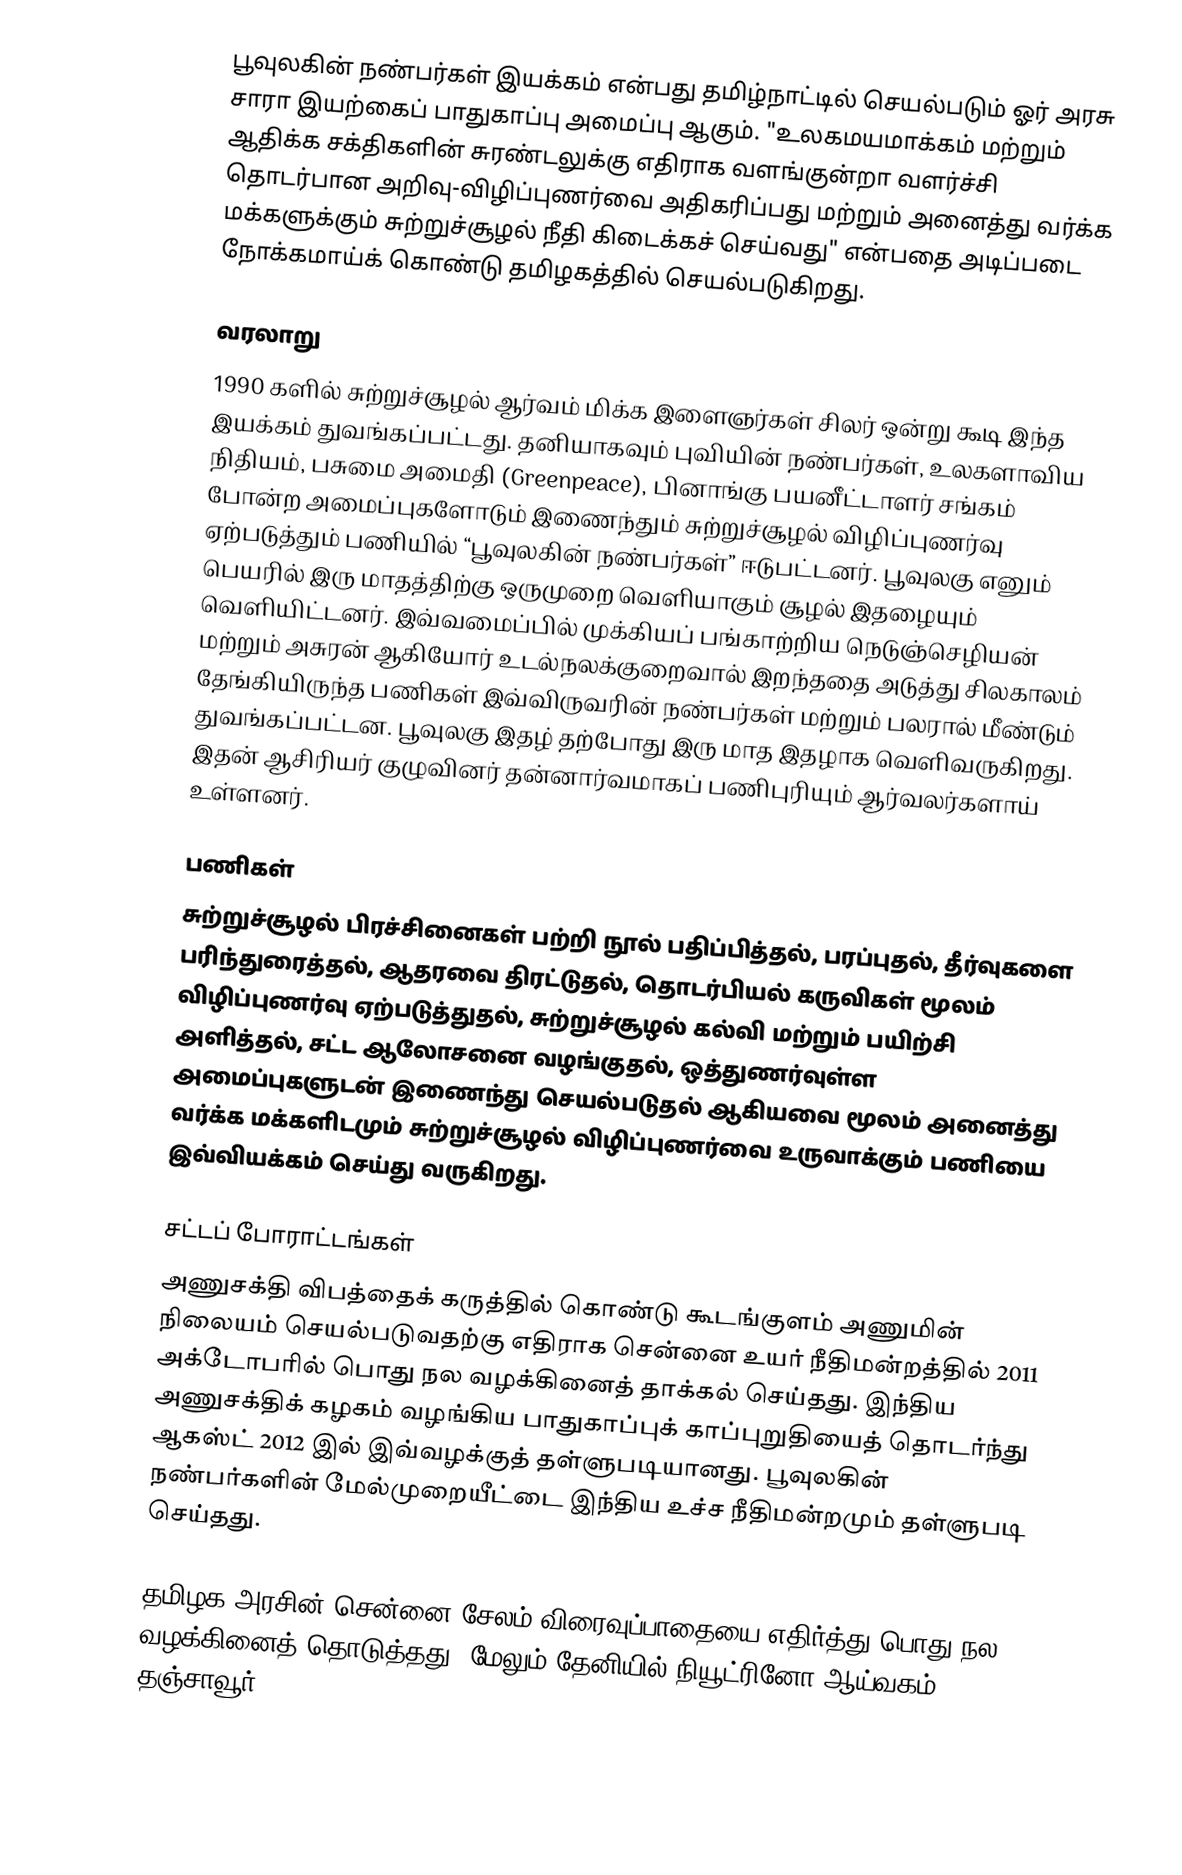
பூவுலகின் நண்பர்கள் இயக்கம் என்பது தமிழ்நாட்டில் செயல்படும் ஓர் அரசு சாரா இயற்கைப் பாதுகாப்பு அமைப்பு ஆகும். "உலகமயமாக்கம் மற்றும் ஆதிக்க சக்திகளின் சுரண்டலுக்கு எதிராக வளங்குன்றா வளர்ச்சி தொடர்பான அறிவு-விழிப்புணர்வை அதிகரிப்பது மற்றும் அனைத்து வர்க்க மக்களுக்கும் சுற்றுச்சூழல் நீதி கிடைக்கச் செய்வது" என்பதை அடிப்படை நோக்கமாய்க் கொண்டு தமிழகத்தில் செயல்படுகிறது.

வரலாறு
1990 களில் சுற்றுச்சூழல் ஆர்வம் மிக்க இளைஞர்கள் சிலர் ஒன்று கூடி இந்த இயக்கம் துவங்கப்பட்டது. தனியாகவும் புவியின் நண்பர்கள், உலகளாவிய நிதியம், பசுமை அமைதி (Greenpeace), பினாங்கு பயனீட்டாளர் சங்கம் போன்ற அமைப்புகளோடும் இணைந்தும் சுற்றுச்சூழல் விழிப்புணர்வு ஏற்படுத்தும் பணியில் “பூவுலகின் நண்பர்கள்” ஈடுபட்டனர். பூவுலகு எனும் பெயரில் இரு மாதத்திற்கு ஒருமுறை வெளியாகும் சூழல் இதழையும் வெளியிட்டனர். இவ்வமைப்பில் முக்கியப் பங்காற்றிய நெடுஞ்செழியன்  மற்றும் அசுரன் ஆகியோர் உடல்நலக்குறைவால் இறந்ததை அடுத்து சிலகாலம் தேங்கியிருந்த பணிகள் இவ்விருவரின் நண்பர்கள் மற்றும் பலரால் மீண்டும் துவங்கப்பட்டன. பூவுலகு இதழ் தற்போது இரு மாத இதழாக வெளிவருகிறது. இதன் ஆசிரியர் குழுவினர் தன்னார்வமாகப் பணிபுரியும் ஆர்வலர்களாய் உள்ளனர்.

பணிகள்
சுற்றுச்சூழல் பிரச்சினைகள் பற்றி நூல் பதிப்பித்தல், பரப்புதல், தீர்வுகளை பரிந்துரைத்தல், ஆதரவை திரட்டுதல், தொடர்பியல் கருவிகள் மூலம் விழிப்புணர்வு ஏற்படுத்துதல், சுற்றுச்சூழல் கல்வி மற்றும் பயிற்சி அளித்தல், சட்ட ஆலோசனை வழங்குதல், ஒத்துணர்வுள்ள அமைப்புகளுடன் இணைந்து செயல்படுதல் ஆகியவை மூலம் அனைத்து வர்க்க மக்களிடமும் சுற்றுச்சூழல் விழிப்புணர்வை உருவாக்கும் பணியை இவ்வியக்கம் செய்து வருகிறது.

சட்டப் போராட்டங்கள்
அணுசக்தி விபத்தைக் கருத்தில் கொண்டு கூடங்குளம் அணுமின் நிலையம் செயல்படுவதற்கு எதிராக சென்னை உயர் நீதிமன்றத்தில் 2011 அக்டோபரில் பொது நல வழக்கினைத் தாக்கல் செய்தது. இந்திய அணுசக்திக் கழகம் வழங்கிய பாதுகாப்புக் காப்புறுதியைத் தொடர்ந்து ஆகஸ்ட் 2012 இல் இவ்வழக்குத் தள்ளுபடியானது. பூவுலகின் நண்பர்களின் மேல்முறையீட்டை இந்திய உச்ச நீதிமன்றமும் தள்ளுபடி செய்தது.

தமிழக அரசின் சென்னை-சேலம் விரைவுப்பாதையை எதிர்த்து பொது நல வழக்கினைத் தொடுத்தது. மேலும் தேனியில் நியூட்ரினோ ஆய்வகம், தஞ்சாவூர்